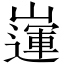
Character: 𡽅